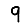
Digit: 9